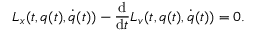
L _ { x } ( t , q ( t ) , { \dot { q } } ( t ) ) - { \frac { \mathrm { d } } { \mathrm { d } t } } L _ { v } ( t , q ( t ) , { \dot { q } } ( t ) ) = 0 .